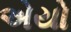
એયો